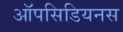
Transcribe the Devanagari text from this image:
ऑपसिडियनस